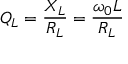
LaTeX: Q _ { L } = { \frac { X _ { L } } { R _ { L } } } = { \frac { \omega _ { 0 } L } { R _ { L } } }